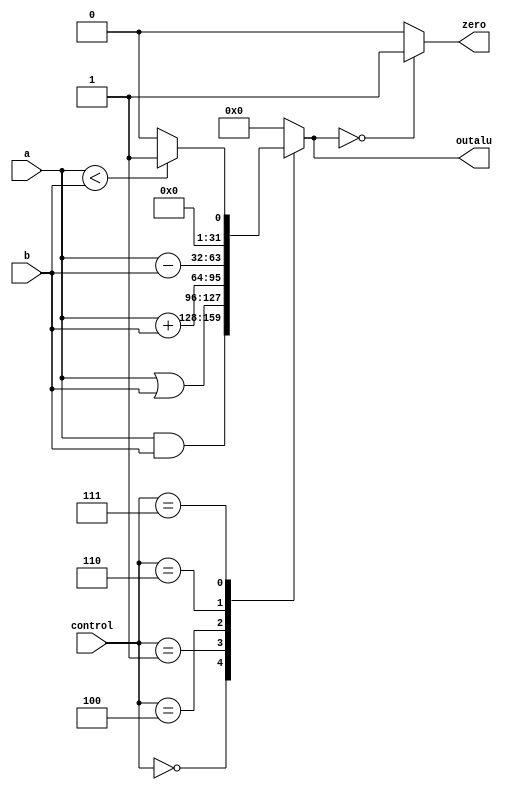
module alu_mips(a, b, control, outalu, zero);
input [31:0] a, b;
input [2:0] control;
output reg [31:0] outalu;
output zero;

always@(control, a, b)
begin
	case(control)
		0 : outalu=a&b;
		1 : outalu= a|b;
		4 : outalu=a+b;
		6 : outalu=a-b;
		7 : outalu=a<b?1:0;
		12 : outalu=~(a|b);
		default : outalu=0;
	endcase
end

assign zero=outalu==0?1:0;

endmodule